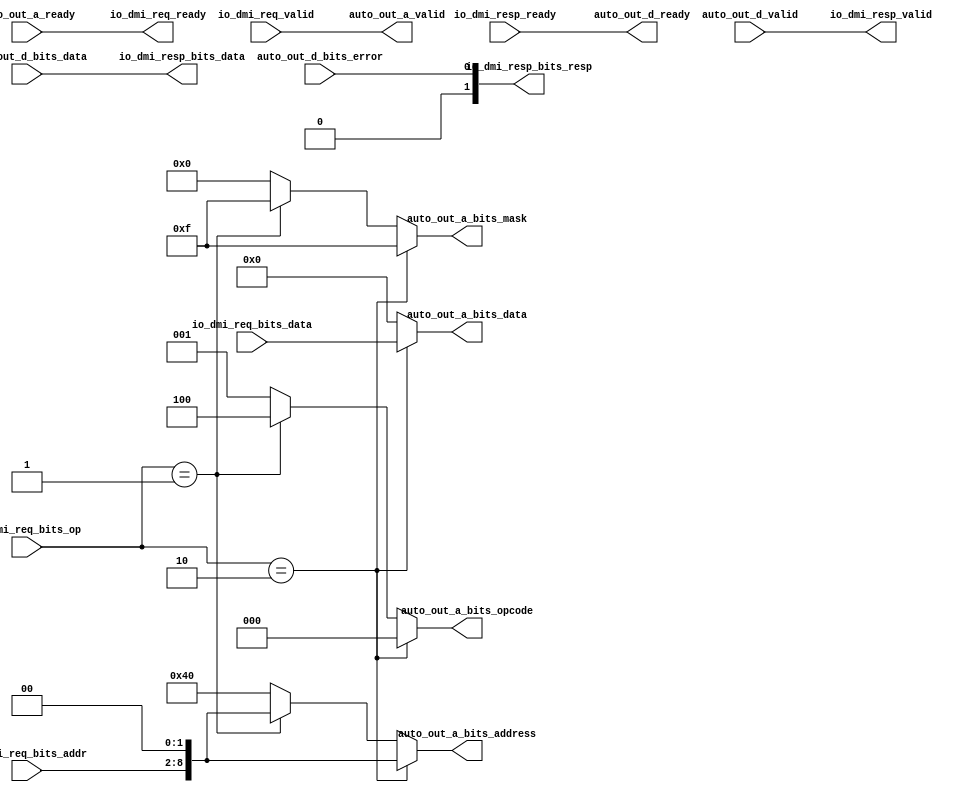
// Copyright (c) 2017, Microsemi Corporation
// All rights reserved.
//
// Redistribution and use in source and binary forms, with or without
// modification, are permitted provided that the following conditions are met:
//     * Redistributions of source code must retain the above copyright
//       notice, this list of conditions and the following disclaimer.
//     * Redistributions in binary form must reproduce the above copyright
//       notice, this list of conditions and the following disclaimer in the
//       documentation and/or other materials provided with the distribution.
//     * Neither the name of the <organization> nor the
//       names of its contributors may be used to endorse or promote products
//       derived from this software without specific prior written permission.
//
// THIS SOFTWARE IS PROVIDED BY THE COPYRIGHT HOLDERS AND CONTRIBUTORS "AS IS" AND
// ANY EXPRESS OR IMPLIED WARRANTIES, INCLUDING, BUT NOT LIMITED TO, THE IMPLIED
// WARRANTIES OF MERCHANTABILITY AND FITNESS FOR A PARTICULAR PURPOSE ARE
// DISCLAIMED. IN NO EVENT SHALL MICROSEMI CORPORATIONM BE LIABLE FOR ANY
// DIRECT, INDIRECT, INCIDENTAL, SPECIAL, EXEMPLARY, OR CONSEQUENTIAL DAMAGES
// (INCLUDING, BUT NOT LIMITED TO, PROCUREMENT OF SUBSTITUTE GOODS OR SERVICES;
// LOSS OF USE, DATA, OR PROFITS; OR BUSINESS INTERRUPTION) HOWEVER CAUSED AND
// ON ANY THEORY OF LIABILITY, WHETHER IN CONTRACT, STRICT LIABILITY, OR TORT
// (INCLUDING NEGLIGENCE OR OTHERWISE) ARISING IN ANY WAY OUT OF THE USE OF THIS
// SOFTWARE, EVEN IF ADVISED OF THE POSSIBILITY OF SUCH DAMAGE.
//
// APACHE LICENSE
// Copyright (c) 2017, Microsemi Corporation 
//
// Licensed under the Apache License, Version 2.0 (the "License");
// you may not use this file except in compliance with the License.
// You may obtain a copy of the License at
//
//    http://www.apache.org/licenses/LICENSE-2.0
//
// Unless required by applicable law or agreed to in writing, software
// distributed under the License is distributed on an "AS IS" BASIS,
// WITHOUT WARRANTIES OR CONDITIONS OF ANY KIND, either express or implied.
// See the License for the specific language governing permissions and
// limitations under the License.
//
// Description:
//
// SVN Revision Information:
// SVN $Revision: $
// SVN $Date: $
//
// Resolved SARs
// SAR      Date     Who   Description
//
// Notes:
//
// ****************************************************************************/
`ifndef RANDOMIZE_REG_INIT 
	 `define RANDOMIZE_REG_INIT 
 `endif
`ifndef RANDOMIZE_MEM_INIT 
	 `define RANDOMIZE_MEM_INIT 
 `endif
`ifndef RANDOMIZE 
	 `define RANDOMIZE 
`endif

`timescale 1ns/10ps
module MIV_RV32IMA_L1_AHB_C0_MIV_RV32IMA_L1_AHB_C0_0_MIV_RV32IMA_L1_AHB_DMITO_TL_DMI2TL( // @[:freechips.rocketchip.system.MivRV32ImaL1AhbConfig.fir@20268.2]
  input         auto_out_a_ready, // @[:freechips.rocketchip.system.MivRV32ImaL1AhbConfig.fir@20271.4]
  output        auto_out_a_valid, // @[:freechips.rocketchip.system.MivRV32ImaL1AhbConfig.fir@20271.4]
  output [2:0]  auto_out_a_bits_opcode, // @[:freechips.rocketchip.system.MivRV32ImaL1AhbConfig.fir@20271.4]
  output [8:0]  auto_out_a_bits_address, // @[:freechips.rocketchip.system.MivRV32ImaL1AhbConfig.fir@20271.4]
  output [3:0]  auto_out_a_bits_mask, // @[:freechips.rocketchip.system.MivRV32ImaL1AhbConfig.fir@20271.4]
  output [31:0] auto_out_a_bits_data, // @[:freechips.rocketchip.system.MivRV32ImaL1AhbConfig.fir@20271.4]
  output        auto_out_d_ready, // @[:freechips.rocketchip.system.MivRV32ImaL1AhbConfig.fir@20271.4]
  input         auto_out_d_valid, // @[:freechips.rocketchip.system.MivRV32ImaL1AhbConfig.fir@20271.4]
  input  [31:0] auto_out_d_bits_data, // @[:freechips.rocketchip.system.MivRV32ImaL1AhbConfig.fir@20271.4]
  input         auto_out_d_bits_error, // @[:freechips.rocketchip.system.MivRV32ImaL1AhbConfig.fir@20271.4]
  output        io_dmi_req_ready, // @[:freechips.rocketchip.system.MivRV32ImaL1AhbConfig.fir@20272.4]
  input         io_dmi_req_valid, // @[:freechips.rocketchip.system.MivRV32ImaL1AhbConfig.fir@20272.4]
  input  [6:0]  io_dmi_req_bits_addr, // @[:freechips.rocketchip.system.MivRV32ImaL1AhbConfig.fir@20272.4]
  input  [31:0] io_dmi_req_bits_data, // @[:freechips.rocketchip.system.MivRV32ImaL1AhbConfig.fir@20272.4]
  input  [1:0]  io_dmi_req_bits_op, // @[:freechips.rocketchip.system.MivRV32ImaL1AhbConfig.fir@20272.4]
  input         io_dmi_resp_ready, // @[:freechips.rocketchip.system.MivRV32ImaL1AhbConfig.fir@20272.4]
  output        io_dmi_resp_valid, // @[:freechips.rocketchip.system.MivRV32ImaL1AhbConfig.fir@20272.4]
  output [31:0] io_dmi_resp_bits_data, // @[:freechips.rocketchip.system.MivRV32ImaL1AhbConfig.fir@20272.4]
  output [1:0]  io_dmi_resp_bits_resp // @[:freechips.rocketchip.system.MivRV32ImaL1AhbConfig.fir@20272.4]
);
  wire [8:0] _GEN_14; // @[Debug.scala 1114:50:freechips.rocketchip.system.MivRV32ImaL1AhbConfig.fir@20284.4]
  wire [8:0] addr; // @[Debug.scala 1114:50:freechips.rocketchip.system.MivRV32ImaL1AhbConfig.fir@20284.4]
  wire  _T_260; // @[Debug.scala 1128:30:freechips.rocketchip.system.MivRV32ImaL1AhbConfig.fir@20410.4]
  wire  _T_262; // @[Debug.scala 1129:37:freechips.rocketchip.system.MivRV32ImaL1AhbConfig.fir@20415.6]
  wire [2:0] _GEN_0; // @[Debug.scala 1129:64:freechips.rocketchip.system.MivRV32ImaL1AhbConfig.fir@20416.6]
  wire [8:0] _GEN_4; // @[Debug.scala 1129:64:freechips.rocketchip.system.MivRV32ImaL1AhbConfig.fir@20416.6]
  wire [3:0] _GEN_5; // @[Debug.scala 1129:64:freechips.rocketchip.system.MivRV32ImaL1AhbConfig.fir@20416.6]
  wire [2:0] tl_a_bits_opcode; // @[Debug.scala 1128:64:freechips.rocketchip.system.MivRV32ImaL1AhbConfig.fir@20411.4]
  wire [8:0] tl_a_bits_address; // @[Debug.scala 1128:64:freechips.rocketchip.system.MivRV32ImaL1AhbConfig.fir@20411.4]
  wire [3:0] tl_a_bits_mask; // @[Debug.scala 1128:64:freechips.rocketchip.system.MivRV32ImaL1AhbConfig.fir@20411.4]
  wire [31:0] tl_a_bits_data; // @[Debug.scala 1128:64:freechips.rocketchip.system.MivRV32ImaL1AhbConfig.fir@20411.4]
  assign _GEN_14 = {{2'd0}, io_dmi_req_bits_addr}; // @[Debug.scala 1114:50:freechips.rocketchip.system.MivRV32ImaL1AhbConfig.fir@20284.4]
  assign addr = _GEN_14 << 2; // @[Debug.scala 1114:50:freechips.rocketchip.system.MivRV32ImaL1AhbConfig.fir@20284.4]
  assign _T_260 = io_dmi_req_bits_op == 2'h2; // @[Debug.scala 1128:30:freechips.rocketchip.system.MivRV32ImaL1AhbConfig.fir@20410.4]
  assign _T_262 = io_dmi_req_bits_op == 2'h1; // @[Debug.scala 1129:37:freechips.rocketchip.system.MivRV32ImaL1AhbConfig.fir@20415.6]
  assign _GEN_0 = _T_262 ? 3'h4 : 3'h1; // @[Debug.scala 1129:64:freechips.rocketchip.system.MivRV32ImaL1AhbConfig.fir@20416.6]
  assign _GEN_4 = _T_262 ? addr : 9'h40; // @[Debug.scala 1129:64:freechips.rocketchip.system.MivRV32ImaL1AhbConfig.fir@20416.6]
  assign _GEN_5 = _T_262 ? 4'hf : 4'h0; // @[Debug.scala 1129:64:freechips.rocketchip.system.MivRV32ImaL1AhbConfig.fir@20416.6]
  assign tl_a_bits_opcode = _T_260 ? 3'h0 : _GEN_0; // @[Debug.scala 1128:64:freechips.rocketchip.system.MivRV32ImaL1AhbConfig.fir@20411.4]
  assign tl_a_bits_address = _T_260 ? addr : _GEN_4; // @[Debug.scala 1128:64:freechips.rocketchip.system.MivRV32ImaL1AhbConfig.fir@20411.4]
  assign tl_a_bits_mask = _T_260 ? 4'hf : _GEN_5; // @[Debug.scala 1128:64:freechips.rocketchip.system.MivRV32ImaL1AhbConfig.fir@20411.4]
  assign tl_a_bits_data = _T_260 ? io_dmi_req_bits_data : 32'h0; // @[Debug.scala 1128:64:freechips.rocketchip.system.MivRV32ImaL1AhbConfig.fir@20411.4]
  assign auto_out_a_valid = io_dmi_req_valid;
  assign auto_out_a_bits_opcode = tl_a_bits_opcode;
  assign auto_out_a_bits_address = tl_a_bits_address;
  assign auto_out_a_bits_mask = tl_a_bits_mask;
  assign auto_out_a_bits_data = tl_a_bits_data;
  assign auto_out_d_ready = io_dmi_resp_ready;
  assign io_dmi_req_ready = auto_out_a_ready;
  assign io_dmi_resp_valid = auto_out_d_valid;
  assign io_dmi_resp_bits_data = auto_out_d_bits_data;
  assign io_dmi_resp_bits_resp = {{1'd0}, auto_out_d_bits_error};
endmodule